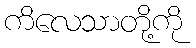
ကိလေသာတို့ကို